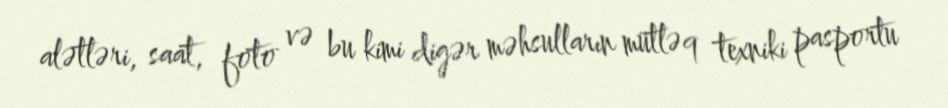
alətləri, saat, foto və bu kimi digər məhsulların mütləq texniki pasportu